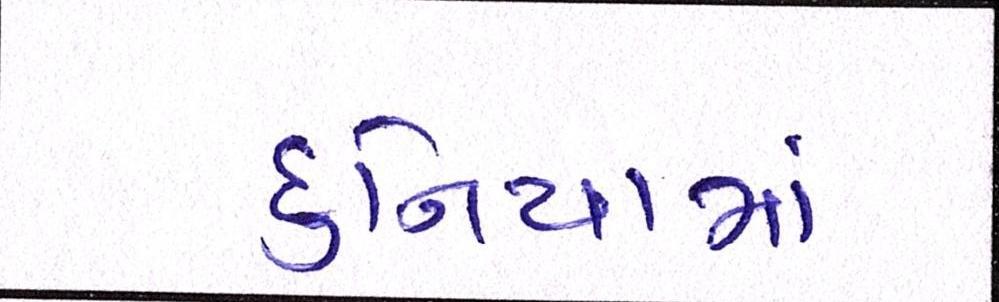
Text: દુનિયામાં